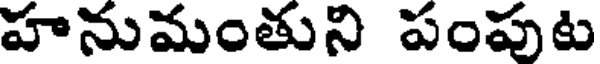
హనుమంతుని పంపుట